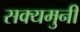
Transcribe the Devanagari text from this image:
सक्यमुनी